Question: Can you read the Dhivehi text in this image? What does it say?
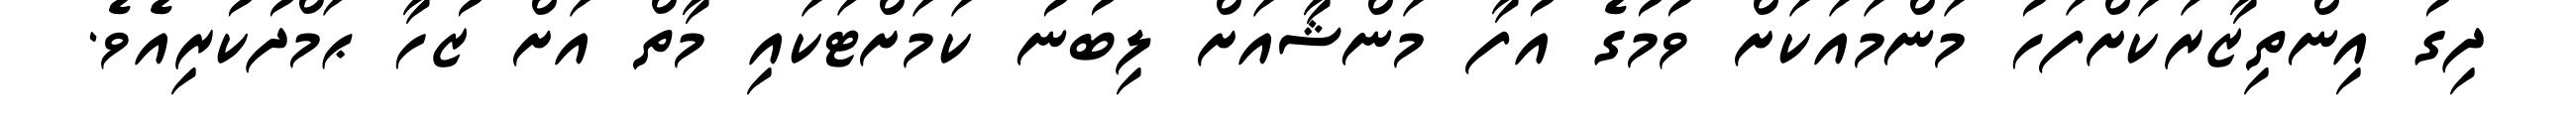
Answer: ދިގު އިންތިޒާރަކަށްފަހު މަންމައަކަށް ވުމުގެ އުފާ މަންޝާއަށް ލިބުނު ކަމަށްޓަކައި މާތް އަށް ޒުހާ ޙަމްދުކުރިއެވެ.